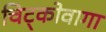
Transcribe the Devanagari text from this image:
चिट्कोवागा